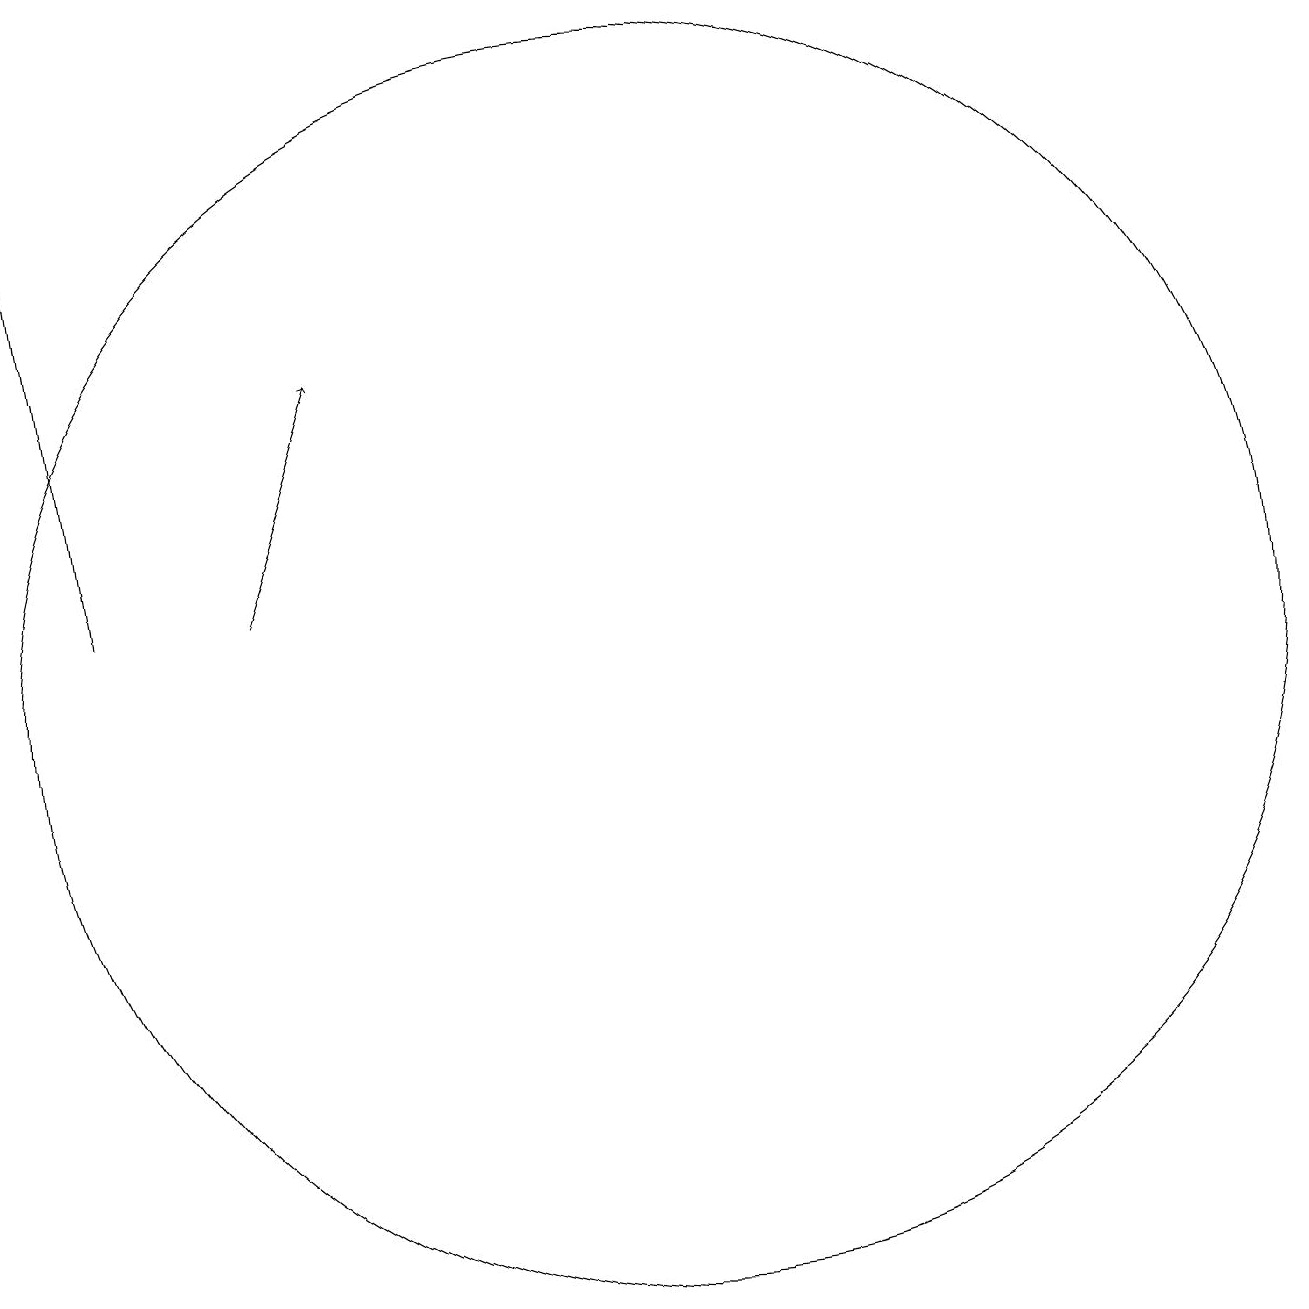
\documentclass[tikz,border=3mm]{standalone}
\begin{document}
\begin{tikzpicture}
\draw[->] (4,12) -- (3,19);
\draw (11,11) circle (8);
\draw[->] (6,12) -- (7,15);
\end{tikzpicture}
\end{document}